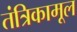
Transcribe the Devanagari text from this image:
तंत्रिकामूल